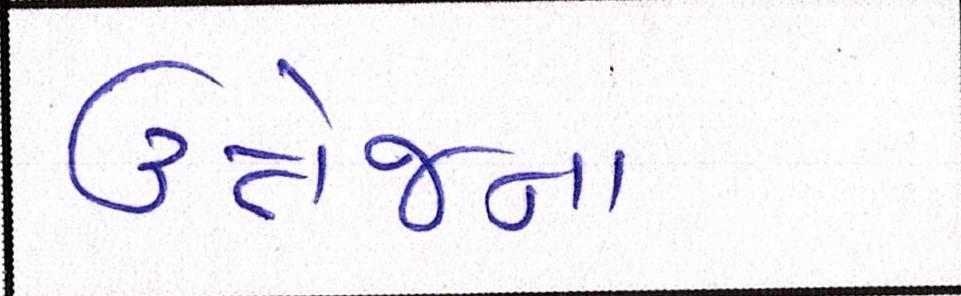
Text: ઉત્તેજના